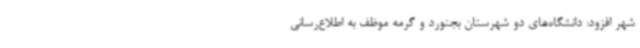
شهر افزود: دانشگاه‌های دو شهرستان بجنورد و گرمه موظف به اطلاع‌رسانی